Annual administration report of the Civil Veterinary Department of India - 1895-1896
Year: 1895
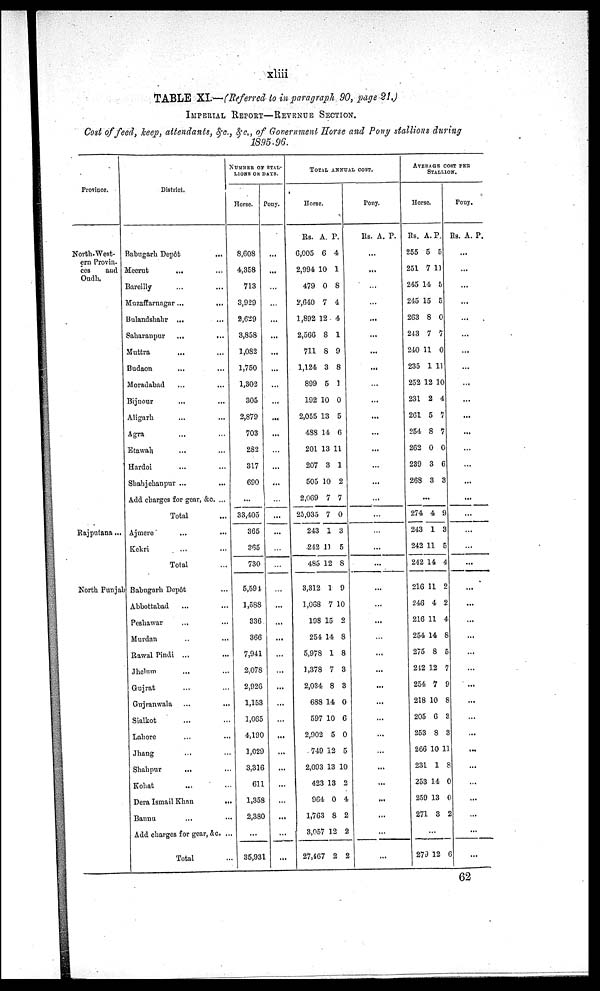
xliii
TABLE XI.—(Referred to in paragraph 90, page 21.)
IMPERIAL REPORT—REVENUE SECTION.
Cost of feed, keep, attendants, &c., &c., of Government Horse and Pony stallions during
1895.96.
Province.
North-West-
ern Provin-
ces
and
Oudh.
Rajputana...
North Punjab
District.
Babugarh Depôt ...
Meerut ... ...
Bareilly ... ...
Muzaffarnagar ... ...
Bulandshahr ... ...
Saharanpur ... ...
Muttra ... ...
Budaon ... ...
Moradabad ... ...
Bijnour ... ...
Aligarh ... ...
Agra ... ...
Etawah ... ...
Hardoi ... ...
Shahjehanpur ...
Add charges for gear, &c. ..
Total
Ajmere ...
Kokri ...
Total
Babugarh Depôt
Abbottabad ...
Peshawar ...
Murdan ...
Rawal Pindi ...
Jhelnm ...
Gujrat ...
Gujranwala ...
Sialkot ...
Lahore ...
Jhang ...
Shahpur
...
Kohat ...
Dera Ismail Khan ...
Banna ...
Add charges for gear, &c.
Total
NUMBER OF STAL-
LIONS OR DAYS.
Horse.
8,608
4,358
713
3,929
2,629
3,858
1,082
1,750
1,302
305
2,879
703
282
317
690
...
33,405
365
365
730
5,594
1,588
336
366
7,941
2,078
2.926
1,153
1,065
4,190
1,029
3,316
611
1,358
2,380
...
35,931
Pony.
...
...
...
...
...
...
...
...
...
...
...
...
...
...
...
...
...
...
...
...
...
...
...
...
...
...
...
...
...
...
...
...
...
...
...
TOTAL ANNUAL COST.
Horse.
Rs.
6,005
2,994
479
2,640
1,892
2,566
711
1,124
899
192
2,055
488
201
207
505
2,069
25,035
243
242
485
3,312
1,068
198
254
5,978
1,378
2,034
688
597
2,902
749
2,093
423
964
1,763
3,057
27,467
A.
6
10
0
7
12
8
8
3
5
10
13
14
13
3
10
7
7
1
11
12
1
7
15
14
1
7
8
14
10
5
12
13
13
0
8
12
2
P.
4
1
8
4
4
1
9
8
1
0
5
6
11
1
2
7
0
3
5
8
9
10
2
8
8
3
3
0
6
0
5
10
2
4
2
2
2
Pony.
Rs.
...
...
...
...
...
...
...
...
...
...
...
...
...
...
...
...
...
...
...
...
...
...
...
...
...
...
...
...
...
...
...
...
...
...
...
...
...
A.
...
...
...
...
...
...
...
...
...
...
...
...
...
...
...
...
...
...
...
...
...
...
...
...
...
...
...
...
...
...
...
...
...
...
...
...
...
P.
...
...
...
...
...
...
...
...
...
...
...
...
...
...
...
...
...
...
...
...
...
...
...
...
...
...
...
...
...
...
...
...
...
...
...
...
...
AVERAGE COST PER
STALLION.
Horse.
Rs.
255
251
245
245
263
243
240
235
252
231
261
254
262
239
268
274
243
242
242
216
246
216
254
275
212
254
218
205
253
266
231
253
259
271
...
270
A.
5
7
14
15
8
7
11
1
12
2
5
8
0
3
3
...
4
1
11
14
11
4
11
14
8
12
7
10
6
8
10
1
14
13
3
12
P.
5
11
5
5
0
7
0
11
10
4
7
7
0
6
3
9
3
5
4
2
2
4
8
5
7
9
8
3
3
11
8
0
0
2
6
Pony.
Rs.
...
...
...
...
...
...
...
...
...
...
...
...
...
...
...
...
...
...
...
...
...
...
...
...
...
...
...
...
...
...
....
...
...
...
...
...
...
A.
...
...
...
...
...
...
...
...
...
...
...
...
...
...
...
...
...
...
...
...
...
...
...
...
...
...
...
...
...
...
...
...
...
...
...
...
P.
...
...
...
...
...
...
...
...
...
...
......
...
...
...
...
...
...
...
...
...
...
...
...
...
...
...
...
...
...
...
...
...
...
...
...
...
62